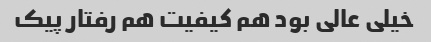
خیلی عالی بود هم کیفیت هم رفتار پیک